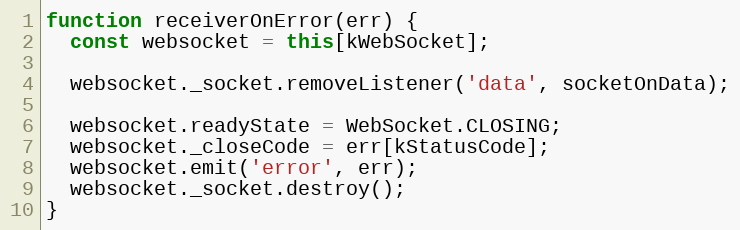
Language: JavaScript
function receiverOnError(err) {
  const websocket = this[kWebSocket];

  websocket._socket.removeListener('data', socketOnData);

  websocket.readyState = WebSocket.CLOSING;
  websocket._closeCode = err[kStatusCode];
  websocket.emit('error', err);
  websocket._socket.destroy();
}